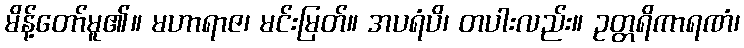
မိန့်တော်မူ၏။ မဟာရာဇ၊ မင်းမြတ်။ အပရံပိ၊ တပါးလည်း။ ဥတ္တရိကာရဏံ၊